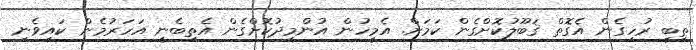
ތިބީ ރުހިގެން އެގޮތް ޤަބޫލުކޮށްގެން ކަމަށް. އެމީހުން އުންމީދުކޮށްގެން އެތިބެނީ އަހަރުމެން ކައިވެނި